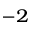
^ { - 2 }